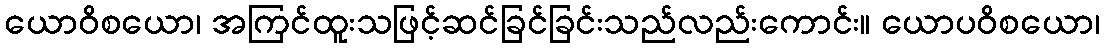
ယောဝိစယော၊ အကြင်ထူးသဖြင့်ဆင်ခြင်ခြင်းသည်လည်းကောင်း။ ယောပဝိစယော၊